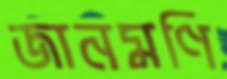
জানমণি